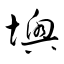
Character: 墺